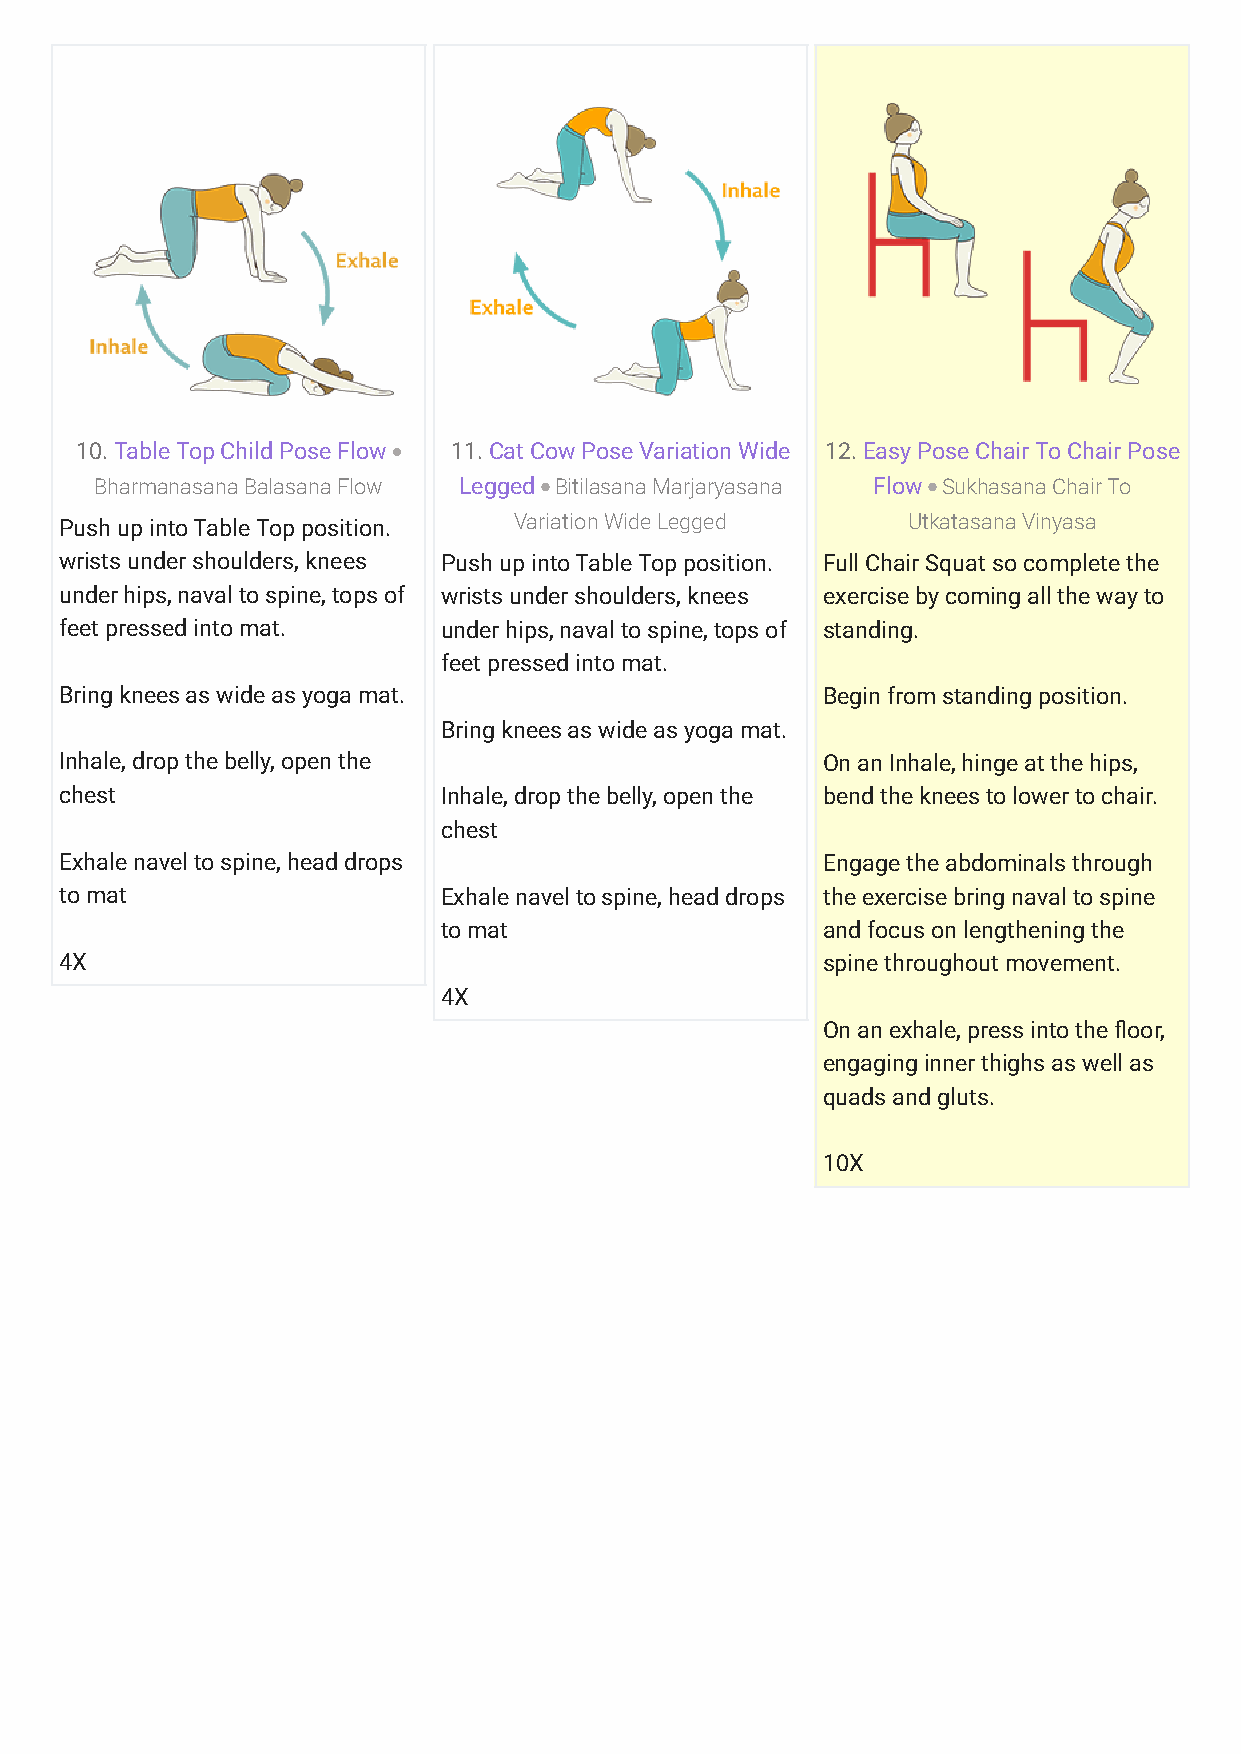
10. Table Top Child Pose Flow 11. Cat Cow Pose Variation Wide 12. Easy Pose Chair To Chair Pose
 Bharmanasana Balasana Flow Legged Bitilasana Marjaryasana Flow Sukhasana Chair To
 Push up into Table Top position. Variation Wide Legged  Utkatasana Vinyasa
 wrists under shoulders, knees Push up into Table Top position. Full Chair Squat so complete the
 under hips, naval to spine, tops of wrists under shoulders, knees exercise by coming all the way to
 feet pressed into mat.   under hips, naval to spine, tops of standing.
 feet pressed into mat.
 Bring knees as wide as yoga mat.                  Begin from standing position.
 Bring knees as wide as yoga mat.
 Inhale, drop the belly, open the                  On an Inhale, hinge at the hips,
 chest                    Inhale, drop the belly, open the bend the knees to lower to chair.
 chest
 Exhale navel to spine, head drops                 Engage the abdominals through
 to mat                   Exhale navel to spine, head drops the exercise bring naval to spine
 to mat                   and focus on lengthening the
 4X                                                spine throughout movement.
 4X
 On an exhale, press into the ?oor,
 engaging inner thighs as well as
 quads and gluts.
 10X